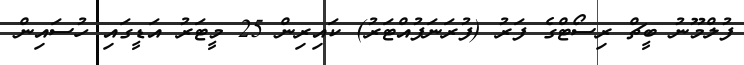
ފުލްމޫނު ބީޗް ރިސޯޓްގެ ފަރު (ފުރަނަފުއްޓަރު) ކައިރިން 25 މީޓަރު އަޑީގައި ހުސައިން